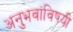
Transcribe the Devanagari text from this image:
अनुभवांविषयी